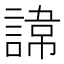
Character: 𮘪